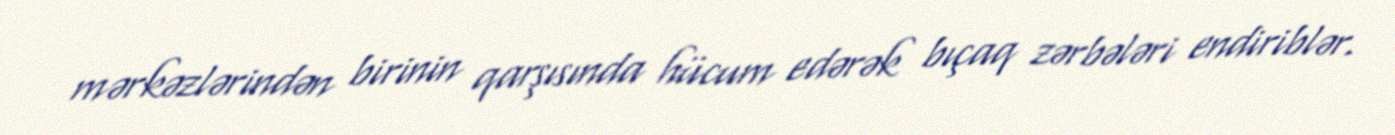
mərkəzlərindən birinin qarşısında hücum edərək bıçaq zərbələri endiriblər.